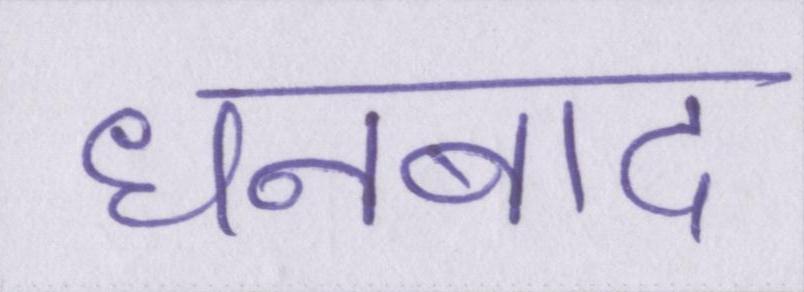
धनबाद